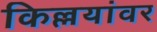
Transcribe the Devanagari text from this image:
किल्लयांवर